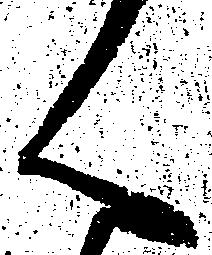
く